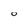
Character: 0